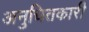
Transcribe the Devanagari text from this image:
अनुचितकारी